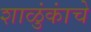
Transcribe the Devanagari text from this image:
शाळुंकांचे